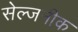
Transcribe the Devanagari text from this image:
सेल्जनीक